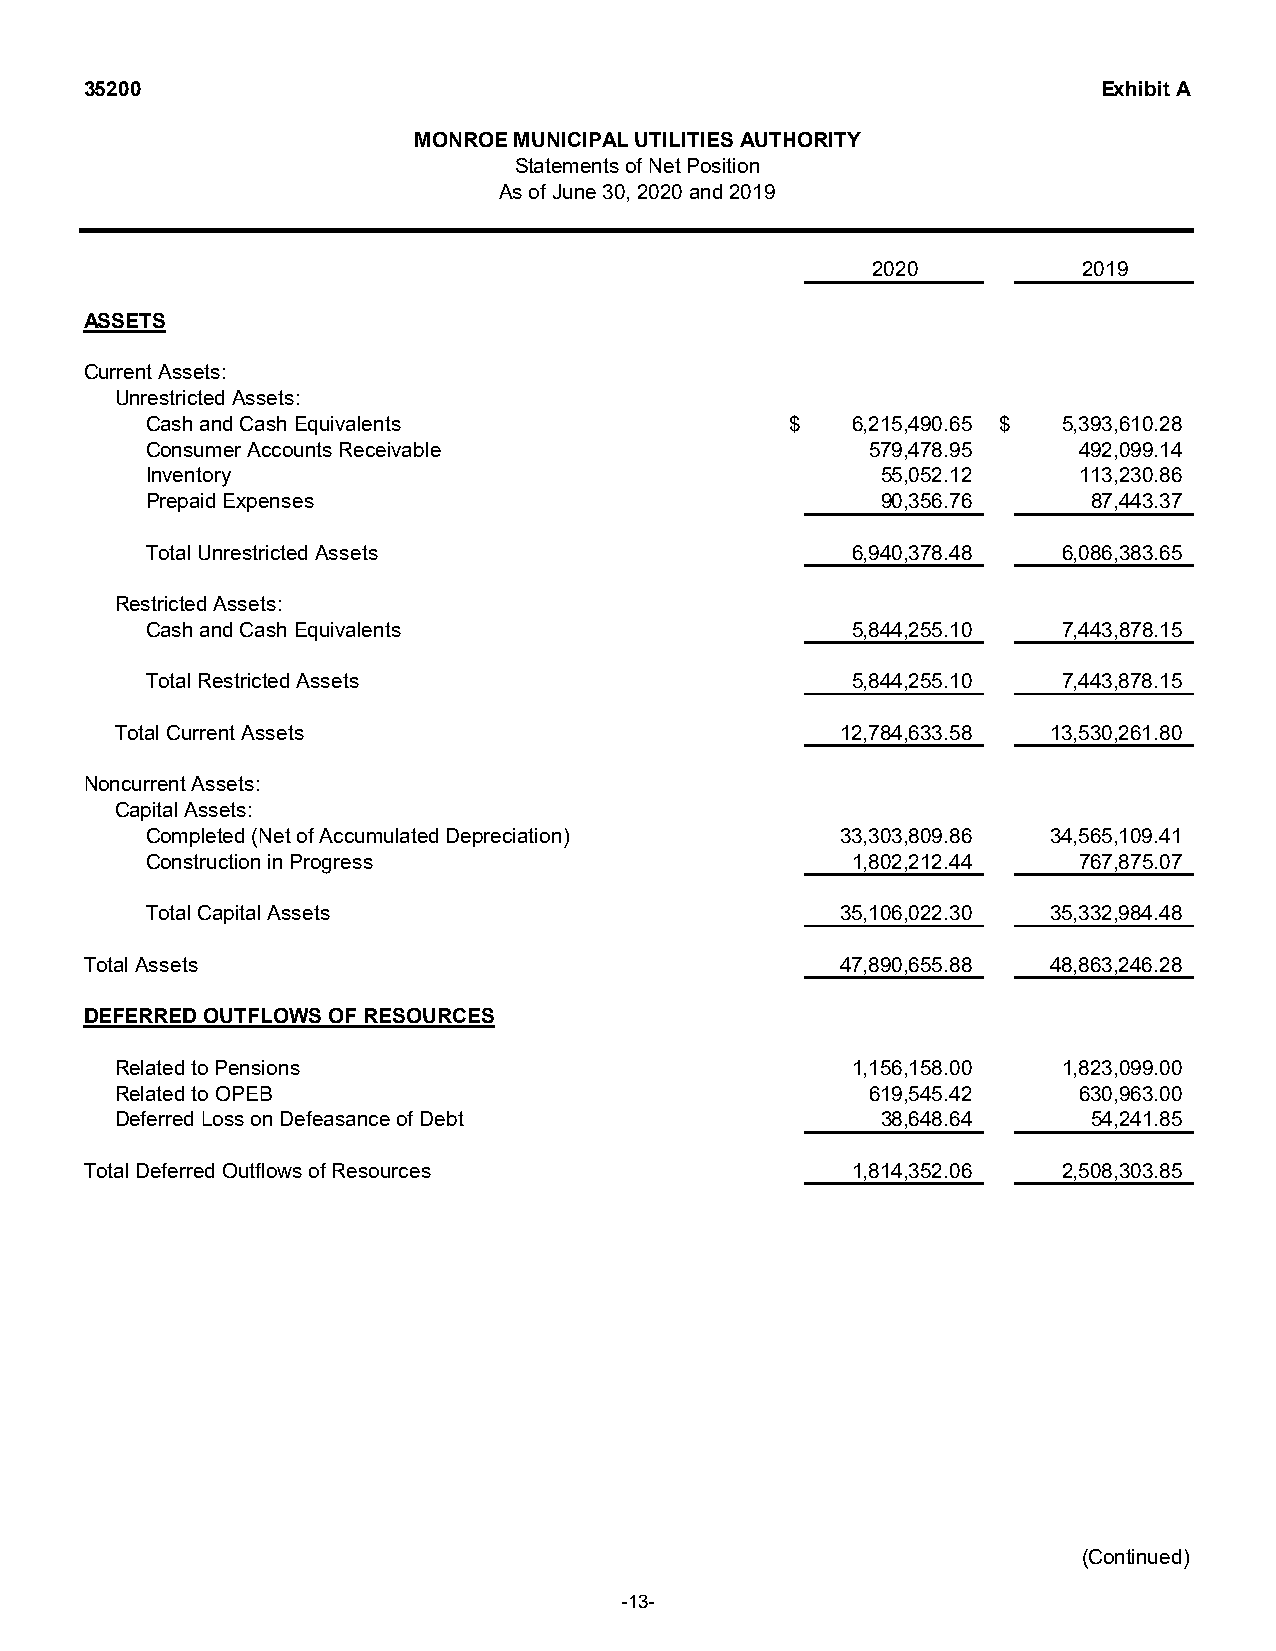
35200                                                              Exhibit A
 MONROE MUNICIPAL UTILITIES AUTHORITY
 Statements of Net Position
 As of June 30, 2020 and 2019
 2020          2019
 ASSETS
 Current Assets:
 Unrestricted Assets:
 Cash and Cash Equivalents                  $   6,215,490.65 $ 5,393,610.28
 Consumer Accounts Receivable                    579,478.95    492,099.14
 Inventory                                        55,052.12    113,230.86
 Prepaid Expenses                                 90,356.76     87,443.37
 Total Unrestricted Assets                      6,940,378.48  6,086,383.65
 Restricted Assets:
 Cash and Cash Equivalents                      5,844,255.10  7,443,878.15
 Total Restricted Assets                        5,844,255.10  7,443,878.15
 Total Current Assets                            12,784,633.58 13,530,261.80
 Noncurrent Assets:
 Capital Assets:
 Completed (Net of Accumulated Depreciation)   33,303,809.86 34,565,109.41
 Construction in Progress                       1,802,212.44   767,875.07
 Total Capital Assets                          35,106,022.30 35,332,984.48
 Total Assets                                      47,890,655.88 48,863,246.28
 DEFERRED OUTFLOWS OF RESOURCES
 Related to Pensions                              1,156,158.00  1,823,099.00
 Related to OPEB                                   619,545.42    630,963.00
 Deferred Loss on Defeasance of Debt                38,648.64     54,241.85
 Total Deferred Outflows of Resources               1,814,352.06  2,508,303.85
 (Continued)
 -13-